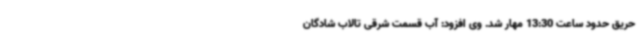
حریق حدود ساعت 13:30 مهار شد. وی افزود: آب قسمت شرقی تالاب شادگان